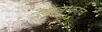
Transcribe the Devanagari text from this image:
ज्वालाकांच